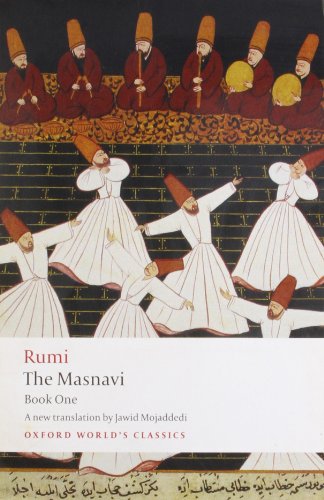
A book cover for The Masnavi, Book One (Oxford World's Classics) (Bk. 1); Jalal al-Din Rumi; Religion & Spirituality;